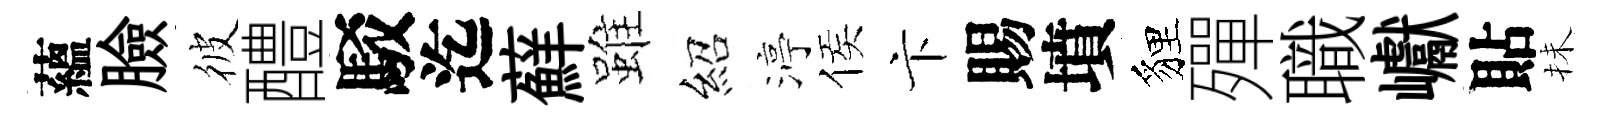
蘊臉彼醴駁迄蘚雖紹渟侯卞賜墳貍殫職巘貼抺